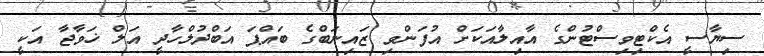
ސިޔާސީ އެކްޓިވިސްޓުންގެ އާއިލާއަކަށް އުފަންވި ޒައިނަބްގެ ބައްޕަ އަބްދުލްހާދީ އަލް ޚަވާޖާ އަކީ